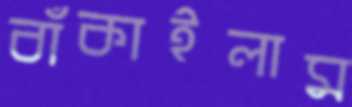
বাঁকাইলাম